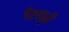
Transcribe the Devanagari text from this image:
चैलपुरी